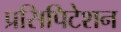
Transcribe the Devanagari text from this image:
प्रसिपिटेशन